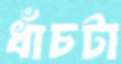
ধাঁচটা